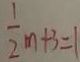
\frac { 1 } { 2 } m + 3 = 1